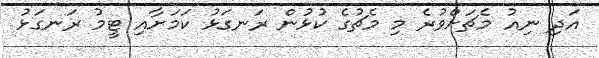
އަދި ނިއު މެޗަށްވުރެ މި މެޗުގެ ކުޅުން ރަނގަޅު ކަމަށާއި ޓީމު ރަނގަޅު